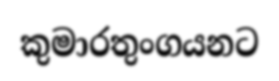
කුමාරතුංගයනට